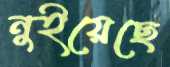
নুইয়েছে